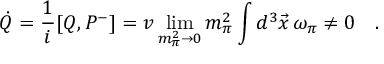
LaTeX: \dot { Q } = \frac { 1 } { i } [ Q , P ^ { - } ] = v \operatorname * { l i m } _ { m _ { \pi } ^ { 2 } \rightarrow 0 } m _ { \pi } ^ { 2 } \int d ^ { 3 } \vec { x } \, \omega _ { \pi } \neq 0 \quad .